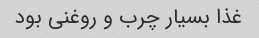
غذا بسیار چرب و روغنی بود